Leaving Certificate Examination (including Day School Certificate (Higher) General paper), 1926
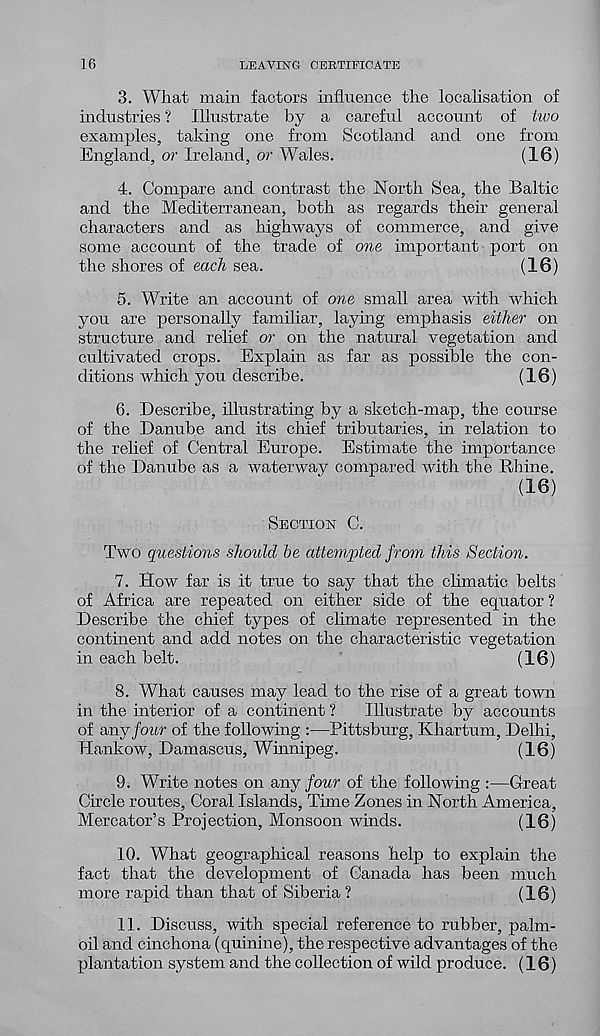
16
LEAVING CERTIFICATE
3. What main factors influence the localisation of
industries ? Illustrate by a careful account of two
examples, taking one from Scotland and one from
England, or Ireland, or Wales.
(16)
4. Compare and contrast the North Sea, the Baltic
and the Mediterranean, both as regards their general
characters and as highways of commerce, and give
some account of the trade of one important port on
the shores of each sea.
(16)
5. Write an account of one small area with which
you are personally familiar, laying emphasis either on
structure and relief or on the natural vegetation and
cultivated crops. Explain as far as possible the con-
ditions which, you describe.
(16)
6.
Describe, illustrating by
of the Danube and its chief tributaries, in relation to
the relief of Central Europe. Estimate the importance
of the Danube as a waterway compared with the Rhine.
(16)
SECTION C.
Two questions should be attempted from this Section.
7. How far is it true to say that the climatic belts
of Africa are repeated on either side of the equator ?
Describe the chief types of climate represented in the
continent and add notes on the characteristic vegetation
in each belt.
(16)
8. What causes may lead to the rise of a great town
in the interior of a continent ?
Illustrate by accounts
of way four of the following :—Pittsburg, Khartum, Delhi,
Hankow, Damascus, Winnipeg.
(16)
9. Write notes on way four of the following :—Great
Circle routes, Coral Islands, Time Zones in North America,
Mercator’s Projection, Monsoon winds.
(16)
10. What geographical reasons help to explain the
fact that the development of Canada has been much
more rapid than that of Siberia ?
(16)
11. Discuss, with special reference to rubber, palm-
oil and cinchona (quinine), the respective advantages of the
plantation system and the collection of wild produce. (16)